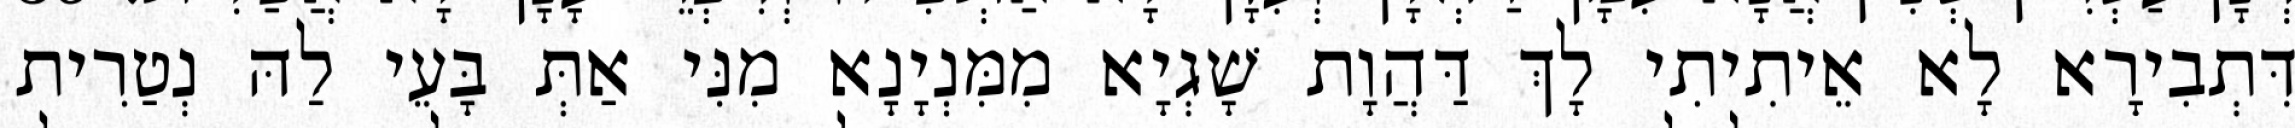
דִּתְבִירָא לָא אֵיתִיתִי לָךְ דַּהֲוָת שָׁגְיָא מִמִּנְיָנָא מִנִּי אַתְּ בָּעֵי לַהּ נְטַרִית